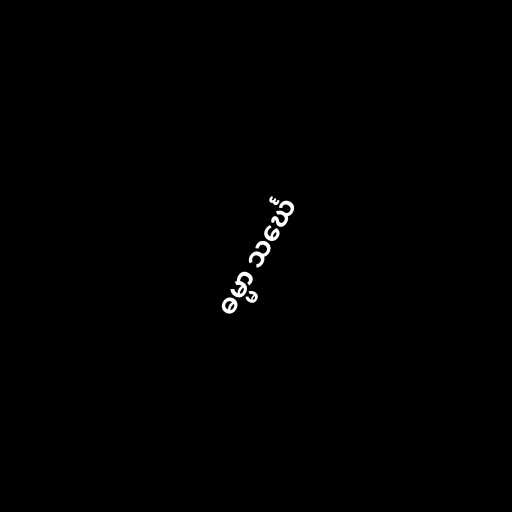
ဓမ္မာ သင်္ဃေ